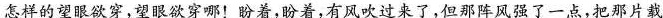
怎祥的望眼欲穿，望眼欲穿哪！盼着，盼着，有风吹过来了，但那阵风强了一点，把那片载